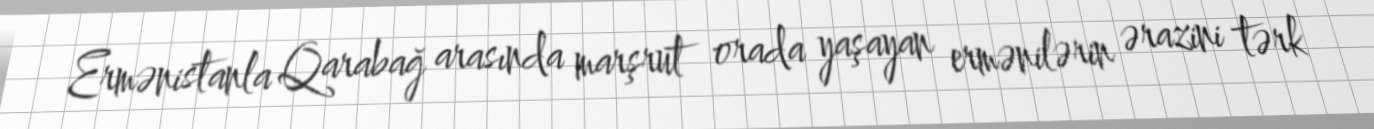
Ermənistanla Qarabağ arasında marşrut orada yaşayan ermənilərin ərazini tərk